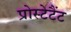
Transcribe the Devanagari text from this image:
प्रोस्टेटैंट